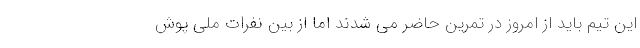
این تیم باید از امروز در تمرین حاضر می شدند اما از بین نفرات ملی پوش